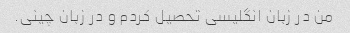
من در زبان انگلیسی تحصیل کردم و در زبان چینی.